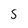
Character: 5